Leaving Certificate Examination, 1925
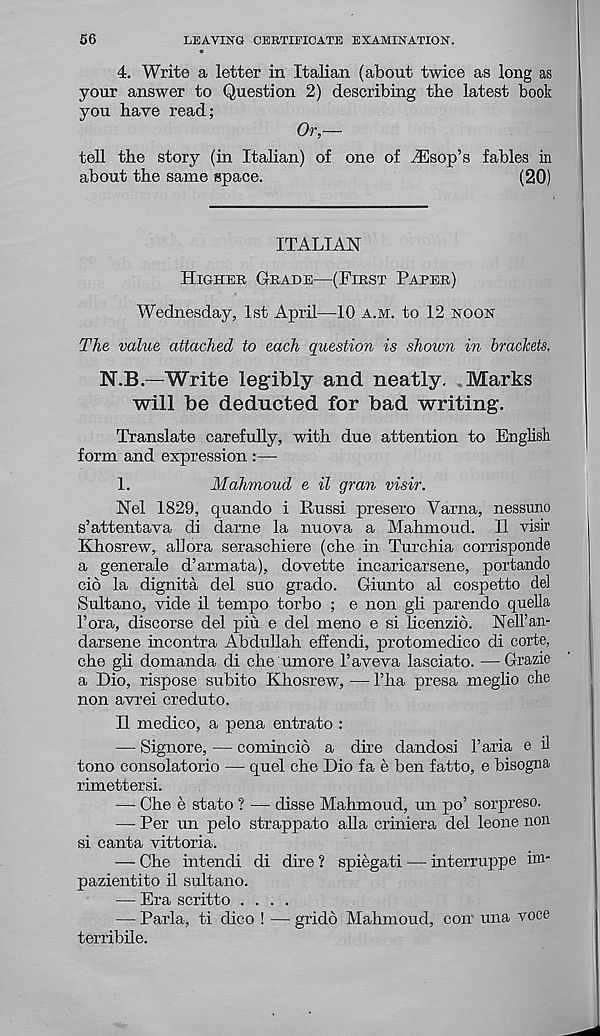
56
LEAVING CERTIFICATE EXAMINATION.
4. Write a letter in Italian (about twice as long as
your answer to Question 2) describing the latest book
you have read;
Or,—
tell the story (in Italian) of one of iEsop’s fables in
about the same space.
(20)
ITALIAN
Higher Grade—(First Paper)
Wednesday, 1st April—10 a.m. to 12 noon
The value attached to each question is shoim in brackets,
N.B.—Write legibly and neatly. Marks
will be deducted for bad writing.
Translate carefully, with due attention to English
form and expression :—
1.
Mahmoud e il gran visir.
Nel 1829, quando i Russi presero Varna, nessuno
s’attentava di darne la nuova a Mahmoud. II visir
Khosrew, all ora seraschiere (che in Turchia corrisponde
a generale d’armata), dovette incaricarsene, portando
cio la dignita del suo grado. Giunto al cospetto del
Sultano, vide il tempo torbo ; e non gli parendo quella
1’ora, discorse del piu e del meno e si licenzib. Nell’an-
darsene incontra Abdullah effendi, protomedico di corte,
che gli domanda di che umore 1’aveva lasciato. —Grazie
a Dio, rispose subito Khosrew, — Tha presa meglio che
non avrei creduto.
Il medico, a pena entrato :
— Signore, — comincib a due dandosi 1’aria e il
tono consolatorio — quel che Dio fa e ben fatto, e bisogna
rimettersi.
— Che e stato ? — disse Mahmoud, un po’ sorpreso.
—- Per un pelo strappato alia criniera del leone non
si canta vittoria.
— Che intend! di dire ? spiegati — interruppe im-
pazientito il sultano.
— Era scritto ....
— Parla, ti dico ! — gridb Mahmoud, con una voce
terribile.